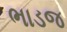
ભાડજ